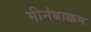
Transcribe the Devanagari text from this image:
मीनंबाक्कम